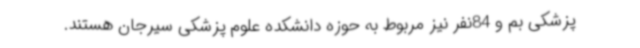
پزشکی بم و 84نفر نیز مربوط به حوزه دانشکده علوم پزشکی سیرجان هستند.